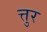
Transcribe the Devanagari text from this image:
त्तुर